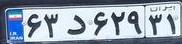
۶۳د۶۲۹۳۱